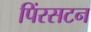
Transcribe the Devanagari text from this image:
पिंरसटन